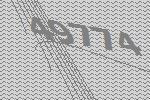
49774